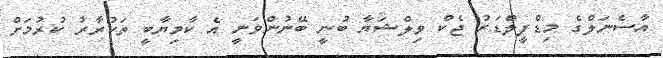
އާސެނަލްގެ މިޑްފީލްޑަރު ޖެކް ވިލްޝަޔާ ބުނީ ބޭނުންވަނީ އެ ކާމިޔާބީ ތަކުރާރު ކުރުމަށް